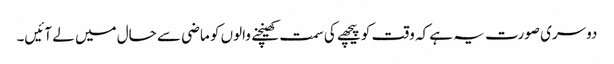
دوسری صورت یہ ہے کہ وقت کو پیچھے کی سمت کھینچنے والوں کو ماضی سے حال میں لے آئیں۔